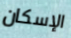
الإسكان